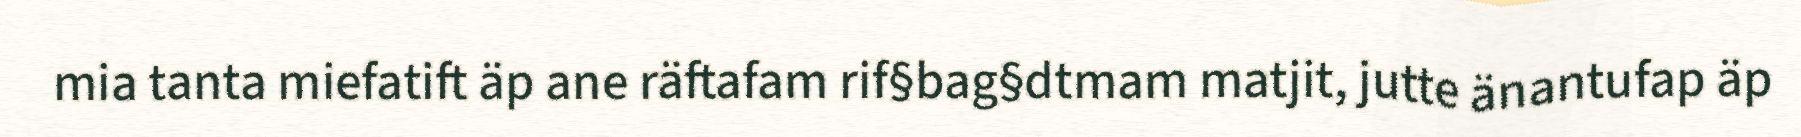
mia tanta miefatift äp ane räftafam rif§bag§dtmam matjit, jutte änantufap äp